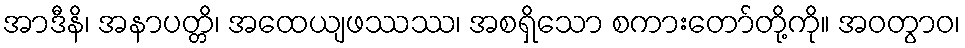
အာဒီနိ၊ အနာပတ္တိ၊ အထေယျဖဿဿ၊ အစရှိသော စကားတော်တို့ကို။ အဝတွာဝ၊